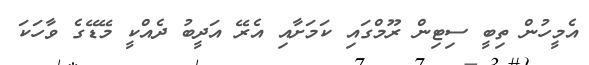
އެމީހުން ތިބީ ސިޓިން ރޫމްގައި ކަމަށާއި އެރޭ އަދީބު ދެއްކީ މޭޑޭގެ ވާހަކަ